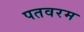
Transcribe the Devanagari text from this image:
पतवरम